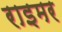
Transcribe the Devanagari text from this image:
राइमर